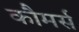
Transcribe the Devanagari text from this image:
कौमर्स